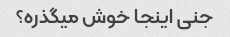
جنی اینجا خوش میگذره؟